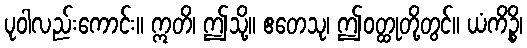
ပုဝါလည်းကောင်း။ ဣတိ၊ ဤသို့။ ဧတေသု၊ ဤဝတ္ထုတို့တွင်။ ယံကိဉ္စိ၊